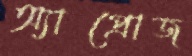
অ্যাপ্রোজ